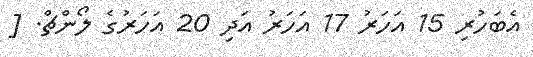
އެބަހުރި 15 އަހަރު 17 އަހަރު އަދި 20 އަަހަރުގެ ލޯންޗް. [